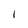
Character: l